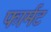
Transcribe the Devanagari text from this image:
फार्मट